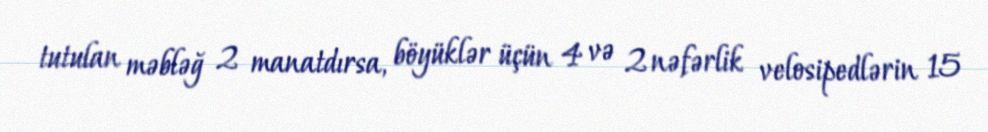
tutulan məbləğ 2 manatdırsa, böyüklər üçün 4 və 2 nəfərlik velosipedlərin 15